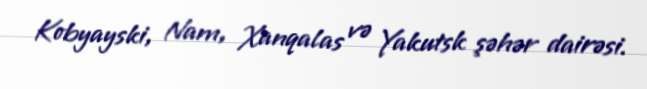
Kobyayski, Nam, Xanqalas və Yakutsk şəhər dairəsi.